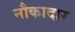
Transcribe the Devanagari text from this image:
नौकादार